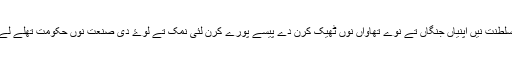
ہان سلطنت نیں اپنیاں جنگاں تے نوے تھاواں نوں ٹھیک کرن دے پیسے پورے کرن لئی نمک تے لوۓ دی صنعت نوں حکومت تھلے لے لیا۔